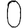
Digit: 0